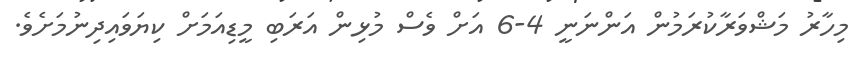
މިހާރު މަޝްވަރާކުރަމުން އަންނަނީ 4-6 އަށް ވެސް މުޅިން އަރަބި މީޑިއަމަށް ކިޔަވައިދިނުމަށެވެ.